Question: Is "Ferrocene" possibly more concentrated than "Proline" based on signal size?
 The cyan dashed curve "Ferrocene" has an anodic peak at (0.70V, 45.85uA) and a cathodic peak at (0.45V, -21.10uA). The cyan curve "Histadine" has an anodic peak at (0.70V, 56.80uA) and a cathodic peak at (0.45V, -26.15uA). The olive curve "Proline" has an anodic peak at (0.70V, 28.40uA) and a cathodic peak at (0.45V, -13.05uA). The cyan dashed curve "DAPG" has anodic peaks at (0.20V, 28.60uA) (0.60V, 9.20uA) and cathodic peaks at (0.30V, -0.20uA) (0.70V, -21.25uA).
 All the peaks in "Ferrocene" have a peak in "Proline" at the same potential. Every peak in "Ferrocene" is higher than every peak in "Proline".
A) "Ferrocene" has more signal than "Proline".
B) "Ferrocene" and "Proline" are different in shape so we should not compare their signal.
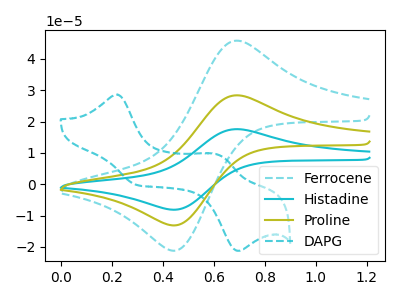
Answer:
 <answer>A) "Ferrocene" has more signal than "Proline".</answer>
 <eval>A</eval>